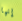
إنها